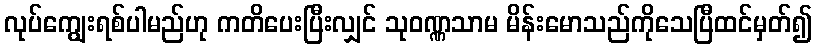
လုပ်ကျွေးရစ်ပါမည်ဟု ကတိပေးပြီးလျှင် သုဝဏ္ဏသာမ မိန်းမောသည်ကိုသေပြီထင်မှတ်၍